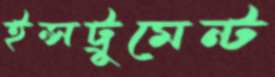
ইন্সট্রুমেন্ট